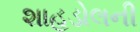
શાહડોલની